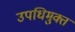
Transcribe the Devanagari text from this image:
उपधिमुक्त